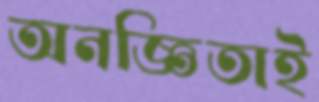
অনজ্ঞিতাই